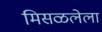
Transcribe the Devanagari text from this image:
मिसळलेला